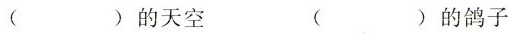
() 的天空 () 的鸽子